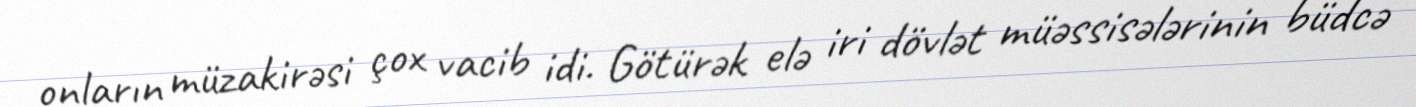
onların müzakirəsi çox vacib idi. Götürək elə iri dövlət müəssisələrinin büdcə